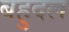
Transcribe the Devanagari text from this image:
बहुदल